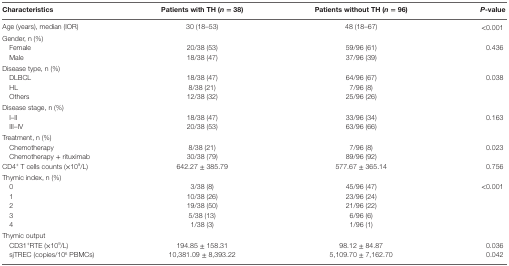
<table><thead><tr><td><b>Characteristics</b></td><td><b>Patients with TH (<i>n</i> = 38)</b></td><td><b>Patients without TH (<i>n</i> = 96)</b></td><td><b><i>P</i>-value</b></td></tr></thead><tbody><tr><td>Age (years), median (IOR)</td><td>30 (18–53)</td><td>48 (18–67)</td><td>&lt;0.001</td></tr><tr><td colspan="4">Gender, <i>n</i> (%)</td></tr><tr><td> Female</td><td>20/38 (53)</td><td>59/96 (61)</td><td>0.436</td></tr><tr><td> Male</td><td>18/38 (47)</td><td>37/96 (39)</td><td></td></tr><tr><td colspan="4">Disease type, <i>n</i> (%)</td></tr><tr><td> DLBCL</td><td>18/38 (47)</td><td>64/96 (67)</td><td>0.038</td></tr><tr><td> HL</td><td>8/38 (21)</td><td>7/96 (8)</td><td></td></tr><tr><td> Others</td><td>12/38 (32)</td><td>25/96 (26)</td><td></td></tr><tr><td colspan="4">Disease stage, <i>n</i> (%)</td></tr><tr><td> I–II</td><td>18/38 (47)</td><td>33/96 (34)</td><td>0.163</td></tr><tr><td> III–IV</td><td>20/38 (53)</td><td>63/96 (66)</td><td></td></tr><tr><td colspan="4">Treatment, <i>n</i> (%)</td></tr><tr><td> Chemotherapy</td><td>8/38 (21)</td><td>7/96 (8)</td><td>0.023</td></tr><tr><td> Chemotherapy + rituximab</td><td>30/38 (79)</td><td>89/96 (92)</td><td></td></tr><tr><td>CD4<sup>+</sup> T cells counts (×10<sup>9</sup>/L)</td><td>642.27 ± 385.79</td><td>577.67 ± 365.14</td><td>0.756</td></tr><tr><td colspan="4">Thymic index, <i>n</i> (%)</td></tr><tr><td> 0</td><td>3/38 (8)</td><td>45/96 (47)</td><td>&lt;0.001</td></tr><tr><td> 1</td><td>10/38 (26)</td><td>23/96 (24)</td><td></td></tr><tr><td> 2</td><td>19/38 (50)</td><td>21/96 (22)</td><td></td></tr><tr><td> 3</td><td>5/38 (13)</td><td>6/96 (6)</td><td></td></tr><tr><td> 4</td><td>1/38 (3)</td><td>1/96 (1)</td><td></td></tr><tr><td colspan="4">Thymic output</td></tr><tr><td> CD31<sup>+</sup>RTE (×10<sup>9</sup>/L)</td><td>194.85 ± 158.31</td><td>98.12 ± 84.87</td><td>0.036</td></tr><tr><td> sjTREC (copies/10<sup>6</sup> PBMCs)</td><td>10,381.09 ± 8,393.22</td><td>5,109.70 ± 7,162.70</td><td>0.042</td></tr></tbody></table>